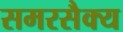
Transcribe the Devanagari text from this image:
समरसैक्य